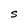
Character: S